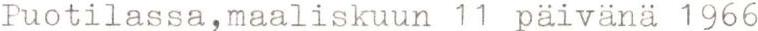
Puotilassa,maaliskuun 11 päivänä 1966